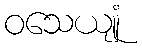
ဝသေယျုံ